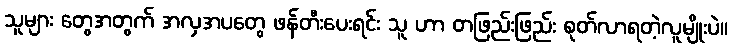
သူများ တွေအတွက် အလှအပတွေ ဖန်တီးပေးရင်း သူ ဟာ တဖြည်းဖြည်း စုတ်လာရတဲ့လူမျိုးပဲ။